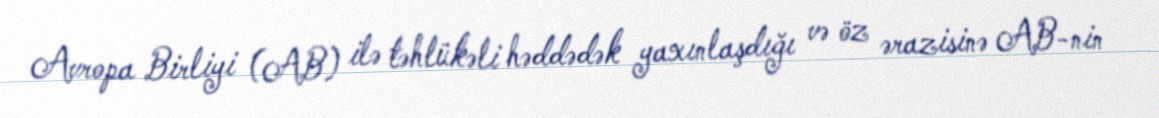
Avropa Birliyi (AB) ilə təhlükəli həddədək yaxınlaşdığı və öz ərazisinə AB-nin